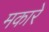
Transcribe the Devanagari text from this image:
मकारे